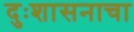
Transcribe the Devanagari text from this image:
दुःशासनाचा